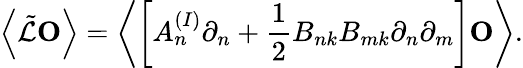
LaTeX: \left\langle\tilde{\mathcal{L}}\mathbf{O}\right\rangle=\left\langle\left[A_{n}^{(I)}\partial_{n}+\frac{1}{2}B_{nk}B_{mk}\partial_{n}\partial_{m}\right]\mathbf{O}\right\rangle.